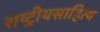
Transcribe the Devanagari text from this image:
राष्ट्रीयसाहित्य